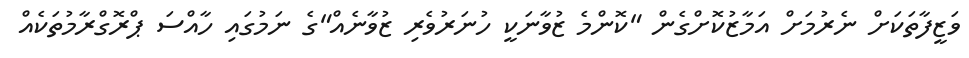
ވަޒީފާތަކަށް ނެރުމަށް އަމާޒުކޮށްގެން "ކޮންމެ ޒުވާނަކީ ހުނަރުވެރި ޒުވާނެއް"ގެ ނަމުގައި ހާއްސަ ޕްރޮގްރާމުތަކެއް